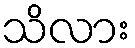
သိလား